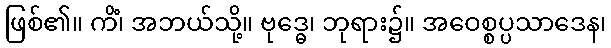
ဖြစ်၏။ ကိံ၊ အဘယ်သို့။ ဗုဒ္ဓေ၊ ဘုရား၌။ အဝေစ္စပ္ပသာဒေန၊